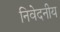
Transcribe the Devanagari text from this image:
निवेदनीय